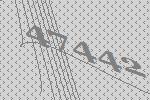
47442